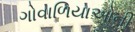
ગોવાળિયાઓની